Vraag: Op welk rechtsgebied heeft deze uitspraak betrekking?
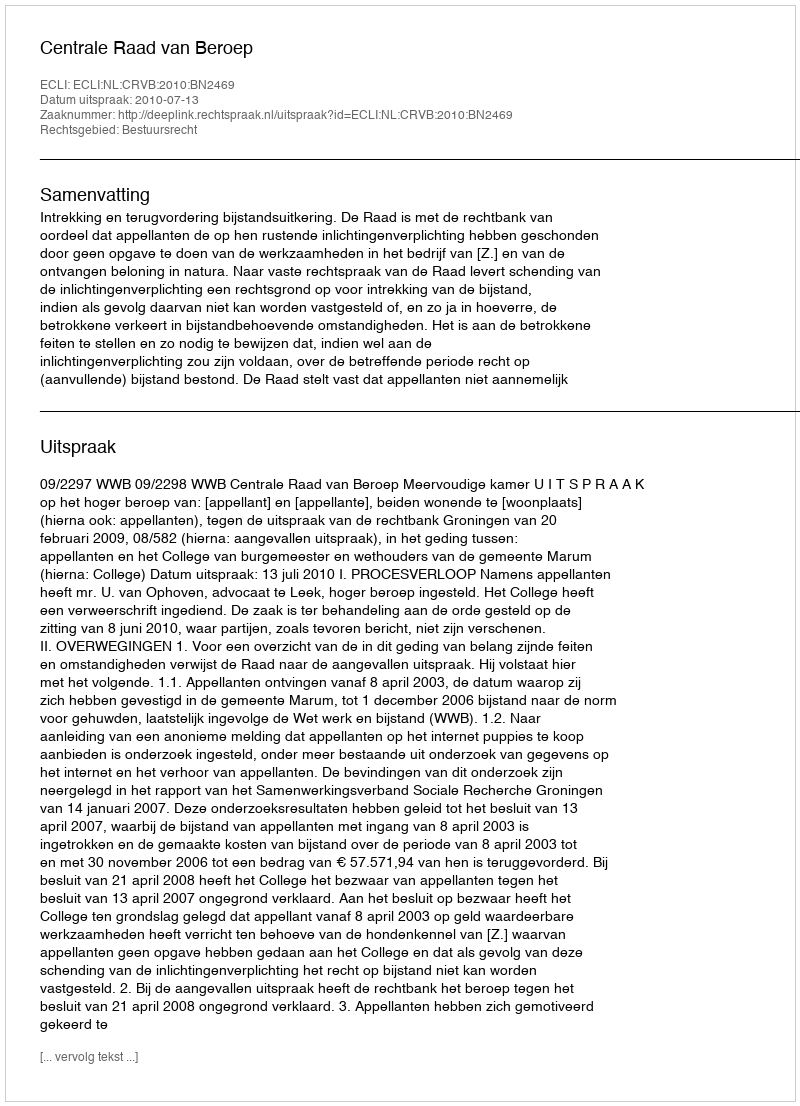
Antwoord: Bestuursrecht